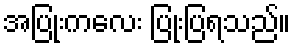
အပြုံးကလေး ပြုံးပြရသည်။